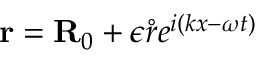
{ \bf r } = { \bf R } _ { 0 } + \epsilon \mathring { r } e ^ { i ( k x - \omega t ) }